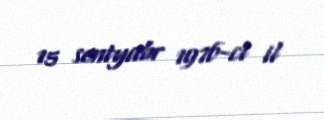
15 sentyabr 1976-ci il